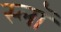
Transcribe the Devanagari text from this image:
स्लॉ